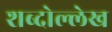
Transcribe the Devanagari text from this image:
शब्दोल्लेख